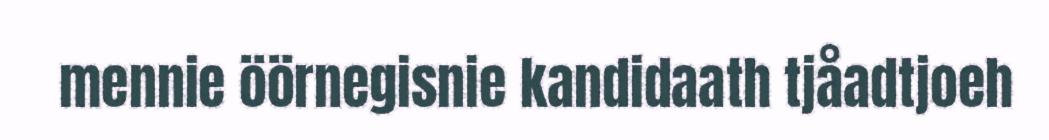
mennie öörnegisnie kandidaath tjåadtjoeh